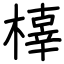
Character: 橭